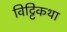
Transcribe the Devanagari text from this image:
विट्टिकथा